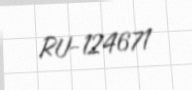
RU-124671